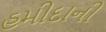
હમીદાની